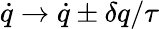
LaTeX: {\dot{q}}\rightarrow{\dot{q}}\pm\delta q/\tau